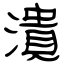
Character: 溃